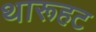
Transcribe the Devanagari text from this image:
थारूहट